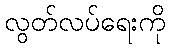
လွတ်လပ်ရေးကို